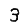
Digit: 3